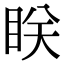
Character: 眹